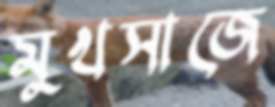
মুখসাজে